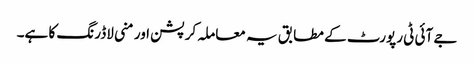
جے آئی ٹی رپورٹ کے مطابق یہ معاملہ کرپشن اور منی لاڈرنگ کا ہے۔